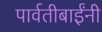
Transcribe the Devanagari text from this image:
पार्वतीबाईंनी